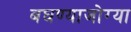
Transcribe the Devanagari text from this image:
बघण्याजोग्या